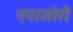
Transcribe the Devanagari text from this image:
एनाजोरी